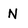
Character: N